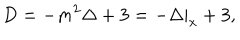
D = - m ^ { 2 } \Delta + 3 = - \Delta | _ { x } + 3 ,